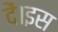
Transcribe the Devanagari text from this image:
दें।इस